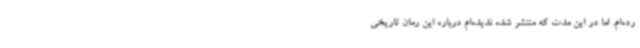
رده‌ام. اما در این مدت که منتشر شده ندیده‌ام درباره این رمان تاریخی